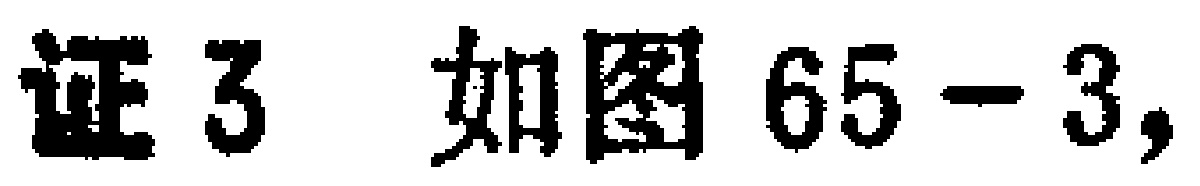
证3 如图65-3,